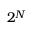
2 ^ { N }